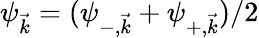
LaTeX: \psi_{\vec{k}}=(\psi_{-,\vec{k}}+\psi_{+,\vec{k}})/2